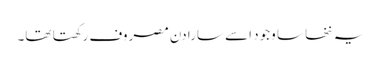
یہ ننھا سا وجود اسے سارا دن مصروف رکھتا تھا۔